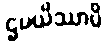
ဌပယိဿာမိ